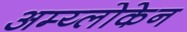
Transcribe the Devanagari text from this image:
अम्य्लोकेन